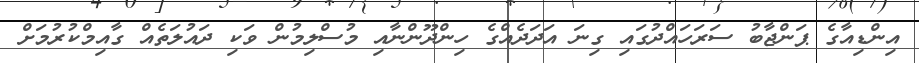
އިންޑިއާގެ ޕަންޖާބު ސަރަހައްދުގައި ގިނަ އަދަދެއްގެ ހިންދޫންނާއި މުސްލިމުން ވަކި ދައުލަތެއް ގާއިމްކުރުމަށް